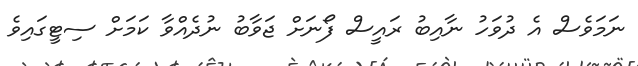
ނަމަވެސް އެ ދުވަހު ނާއިބު ރައީސް ފޯނަށް ޖަވާބު ނުދެއްވާ ކަމަށް ސިޓީގައިވެ